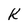
Character: K